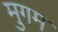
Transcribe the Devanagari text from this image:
मुगम